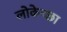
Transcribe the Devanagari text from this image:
लोकेच्छा